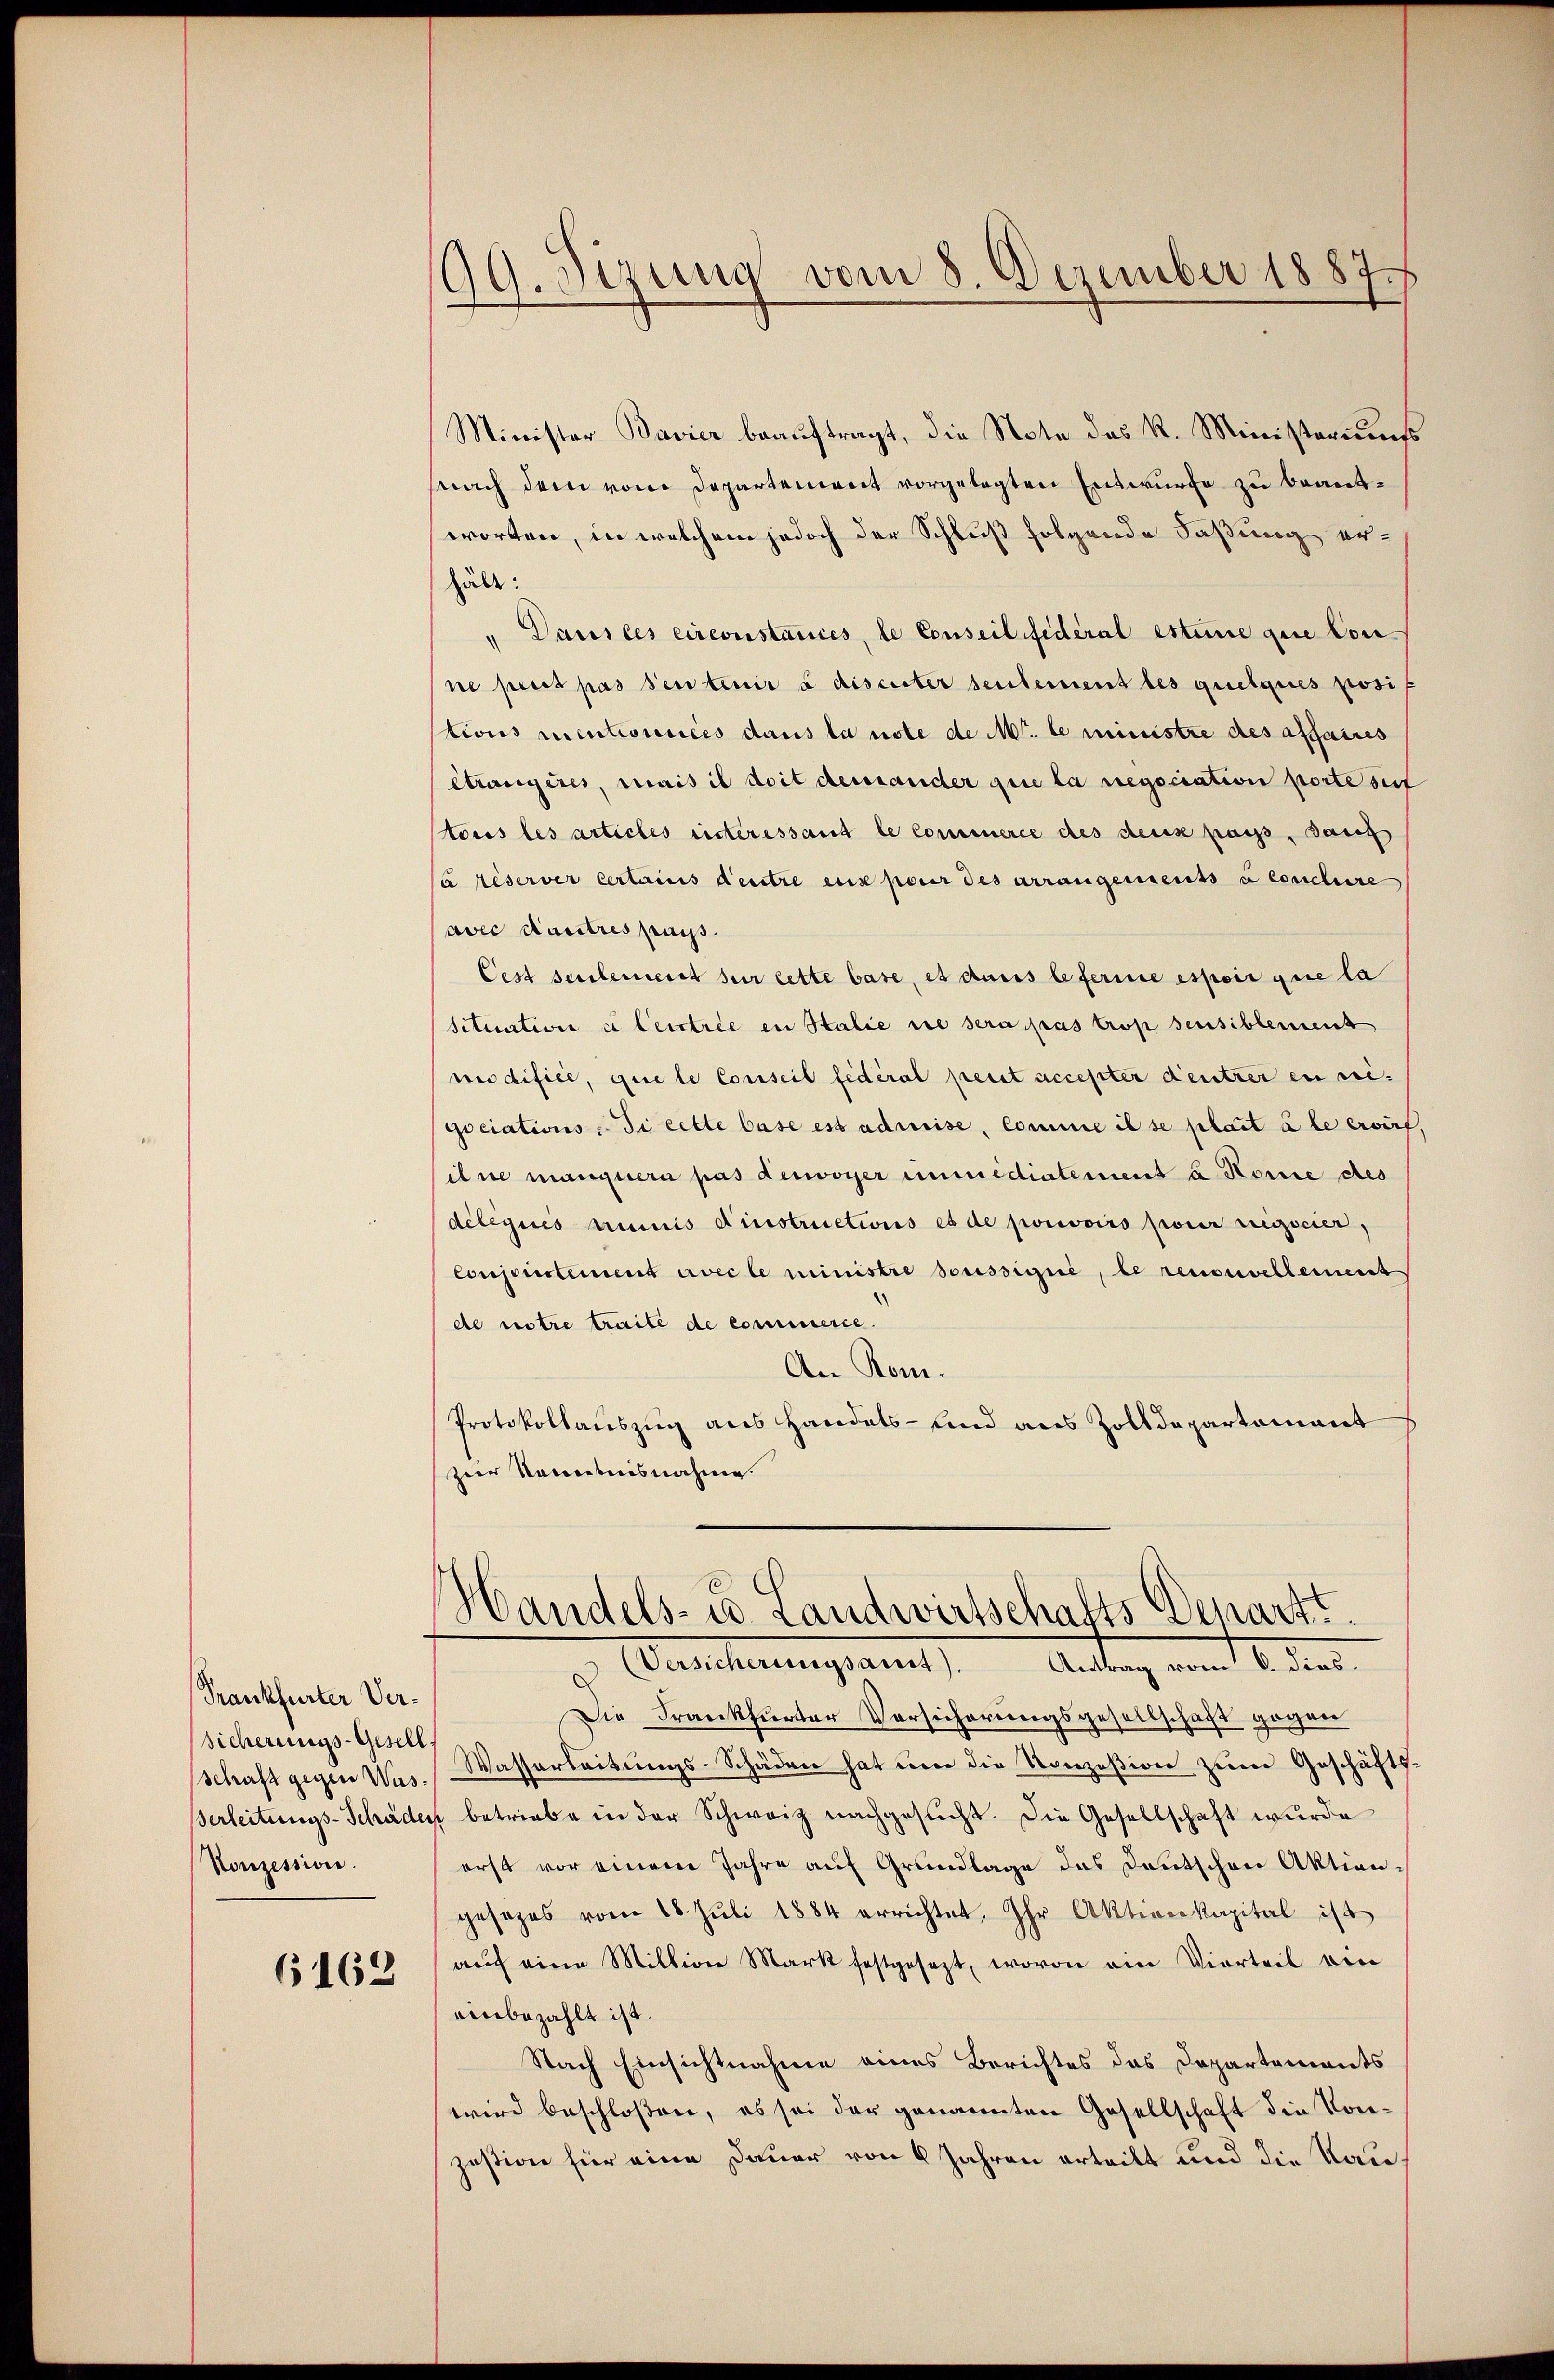
Frankfurter Versicherungs-Gesell
schaft gegen Was¬
Vonzession.

6162

s
Stzung vom 8. Dezember 1887

Minister Bavier beauftragt, die Note des R. Ministeriums
snach dem von Departement vorgelegten Entwurfe zu beantworten, in welchem jedoch der Schluß folgende Faßung erhält:
" Dans ces circonstances, le Conseil fédéral estime que Con
ne perit pas seitenir à discuter sentement les quelques posi
tions centionnées dans la note de Mr. le ministre des affaires
Ctrangères, mais il doit demander que la negociation porte seit
toris les articles ritteressant le Comminierce des deus pass, dans
(à reserver certains deutre eux pour des arrangements à conclure
avec darstres pays.
Cest seulement sur lette base, es dans leferire espoir que la
sctition ce leistrée en Stalie sie sera pas trop sensiblement
modifice, que le Conseil fédéral perst accepter deutzer en seigociations-Si cette base est admise, comme il se plait à le erwirt,
ihne mangnern pas deswoyer immédiatement u. Konne des
délégués aumnis d’instructions es de pourvoirs pour reizocier,
Conjunctement avec le ministre soussigné, le renouvellement
de notre traite de commerce.
An Rom.
Protokollauszug aus Handels- und aus Zolldepartement
zur Kenntnisnahme.
Handels- u. Landwirtschafts Depart.
Dascherungsant,
Antrag vom 18. Jun.
Die Frankfurter Versicherungsgesellschaft gegen
Wasserleitungs-Schäden hat um die Konzesion zum Geschäfts¬
Verleitungs-Schäden betriebe in der Schweiz nachgesucht. Die Gesellschaft wurde
erst vor einem Jahre auf Grundlage das Deutschen Aktiongesezes vom 18. Jŭli 1884 errichtet. Ihr Aktionskapital ist
aŭf eine Million Mark festgesezt, wovon ein Vierteil ein
einbezahlt ist.
Nach Einsichtnahme eines Berichtes das Departements
wird beschloßen, es sei der genannten Gesellschaft die Konjustive für eine Dauer von 6 Jahren erteilt und die Rau¬